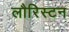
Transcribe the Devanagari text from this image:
लौरिस्टन